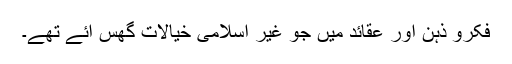
فکرو ذہن اور عقائد میں جو غیر اسلامی خیالات گھس آئے تھے۔